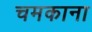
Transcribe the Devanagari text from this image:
चमकाना